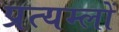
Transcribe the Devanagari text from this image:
प्रत्यम्लों